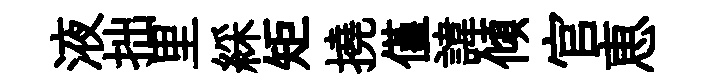
液拙里綵矩撓僅諱傾官恵